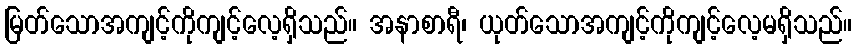
မြတ်သောအကျင့်ကိုကျင့်လေ့ရှိသည်။ အနာစာရီ၊ ယုတ်သောအကျင့်ကိုကျင့်လေ့မရှိသည်။